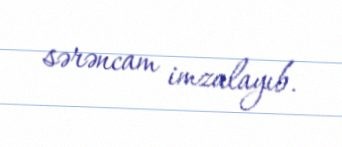
sərəncam imzalayıb.